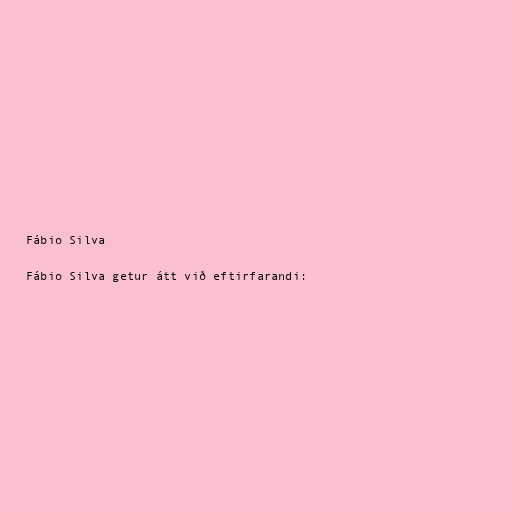
Fábio Silva

Fábio Silva getur átt við eftirfarandi: